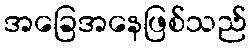
အခြေအနေဖြစ်သည်